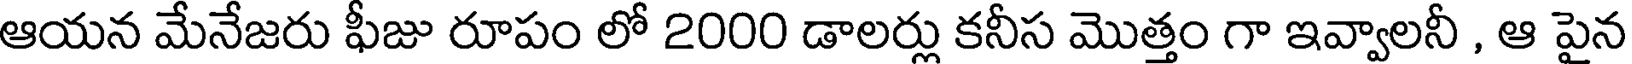
ఆయన మేనేజరు ఫీజు రూపం లో 2000 డాలర్లు కనీస మొత్తం గా ఇవ్వాలనీ , ఆ పైన